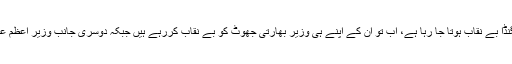
واضح رہے کہ بھارتی حکومت اور بھارتی میڈیا کا جھوٹا پروپیگنڈا بے نقاب ہوتا جا رہا ہے، اب تو ان کے اپنے ہی وزیر بھارتی جھوٹ کو بے نقاب کررہے ہیں جبکہ دوسری جانب وزیر اعظم عمران خان کے اچھے اقدامات کو بھارت میں بھی سراہا جارہا ہے۔